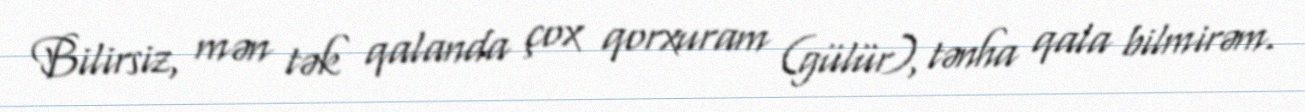
Bilirsiz, mən tək qalanda çox qorxuram (gülür), tənha qala bilmirəm.